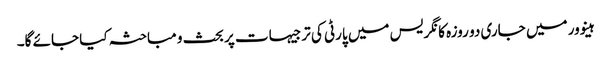
ہینوور میں جاری دو روزہ کانگریس میں پارٹی کی ترجیہات پر بحث و مباحثہ کیا جائے گا۔